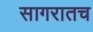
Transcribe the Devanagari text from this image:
सागरातच